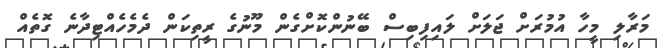
މަރާލި މީހާ އުމުރަށް ޖަލަށް ލައިފިބިސް ބޭނުންކޮށްގެން މޫނުގެ ރީތިކަން ދެމެހެއްޓިދާނެ ގޮތެއް